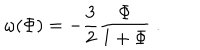
\omega ( \Phi ) = - { \frac { 3 } { 2 } } { \frac { \Phi } { 1 + \Phi } } \ .